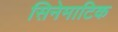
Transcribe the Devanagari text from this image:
सिनेमाटिक